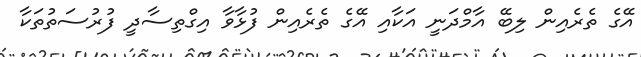
އޭގެ ތެރެއިން ލިބޭ އާމްދަނީ އަކާއި އޭގެ ތެރެއިން ފުޅާވާ އިގްތިސާދީ ފުރުސަތުތަކާ